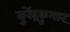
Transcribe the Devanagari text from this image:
सुरेंद्रकुमार